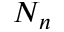
N _ { n }